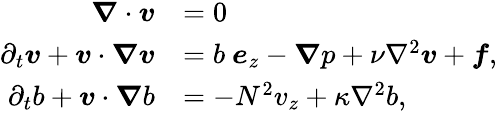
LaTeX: \begin{array}{rl}{\boldsymbol{\nabla}\cdot\boldsymbol{v}}&{=0}\\ {\partial_{t}\boldsymbol{v}+\boldsymbol{v}\cdot\boldsymbol{\nabla}\boldsymbol{v}}&{=b~\boldsymbol{e}_{z}-\boldsymbol{\nabla}p+\nu\nabla^{2}\boldsymbol{v}+\boldsymbol{f},}\\ {\partial_{t}{b}+\boldsymbol{v}\cdot\boldsymbol{\nabla}b}&{=-N^{2}v_{z}+\kappa\nabla^{2}{b},}\end{array}